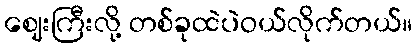
ဈေးကြီးလို့ တစ်ခုထဲပဲဝယ်လိုက်တယ်။